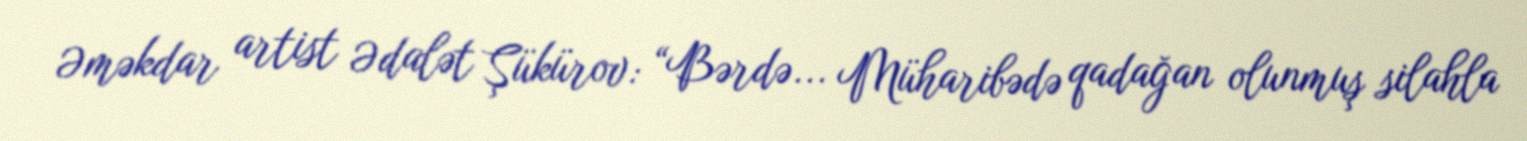
Əməkdar artist Ədalət Şükürov: “Bərdə... Müharibədə qadağan olunmuş silahla